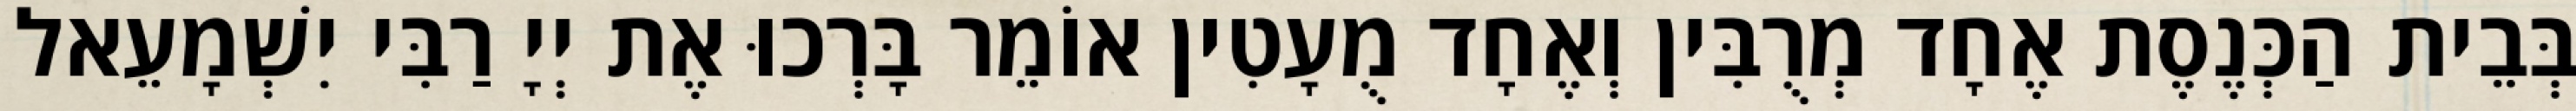
בְּבֵית הַכְּנֶסֶת אֶחָד מְרֻבִּין וְאֶחָד מֻעָטִין אוֹמֵר בָּרְכוּ אֶת יְיָ רַבִּי יִשְׁמָעֵאל